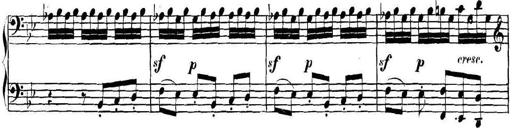
Title: Collected Piano Sonatas
Composer: Muzio Clementi